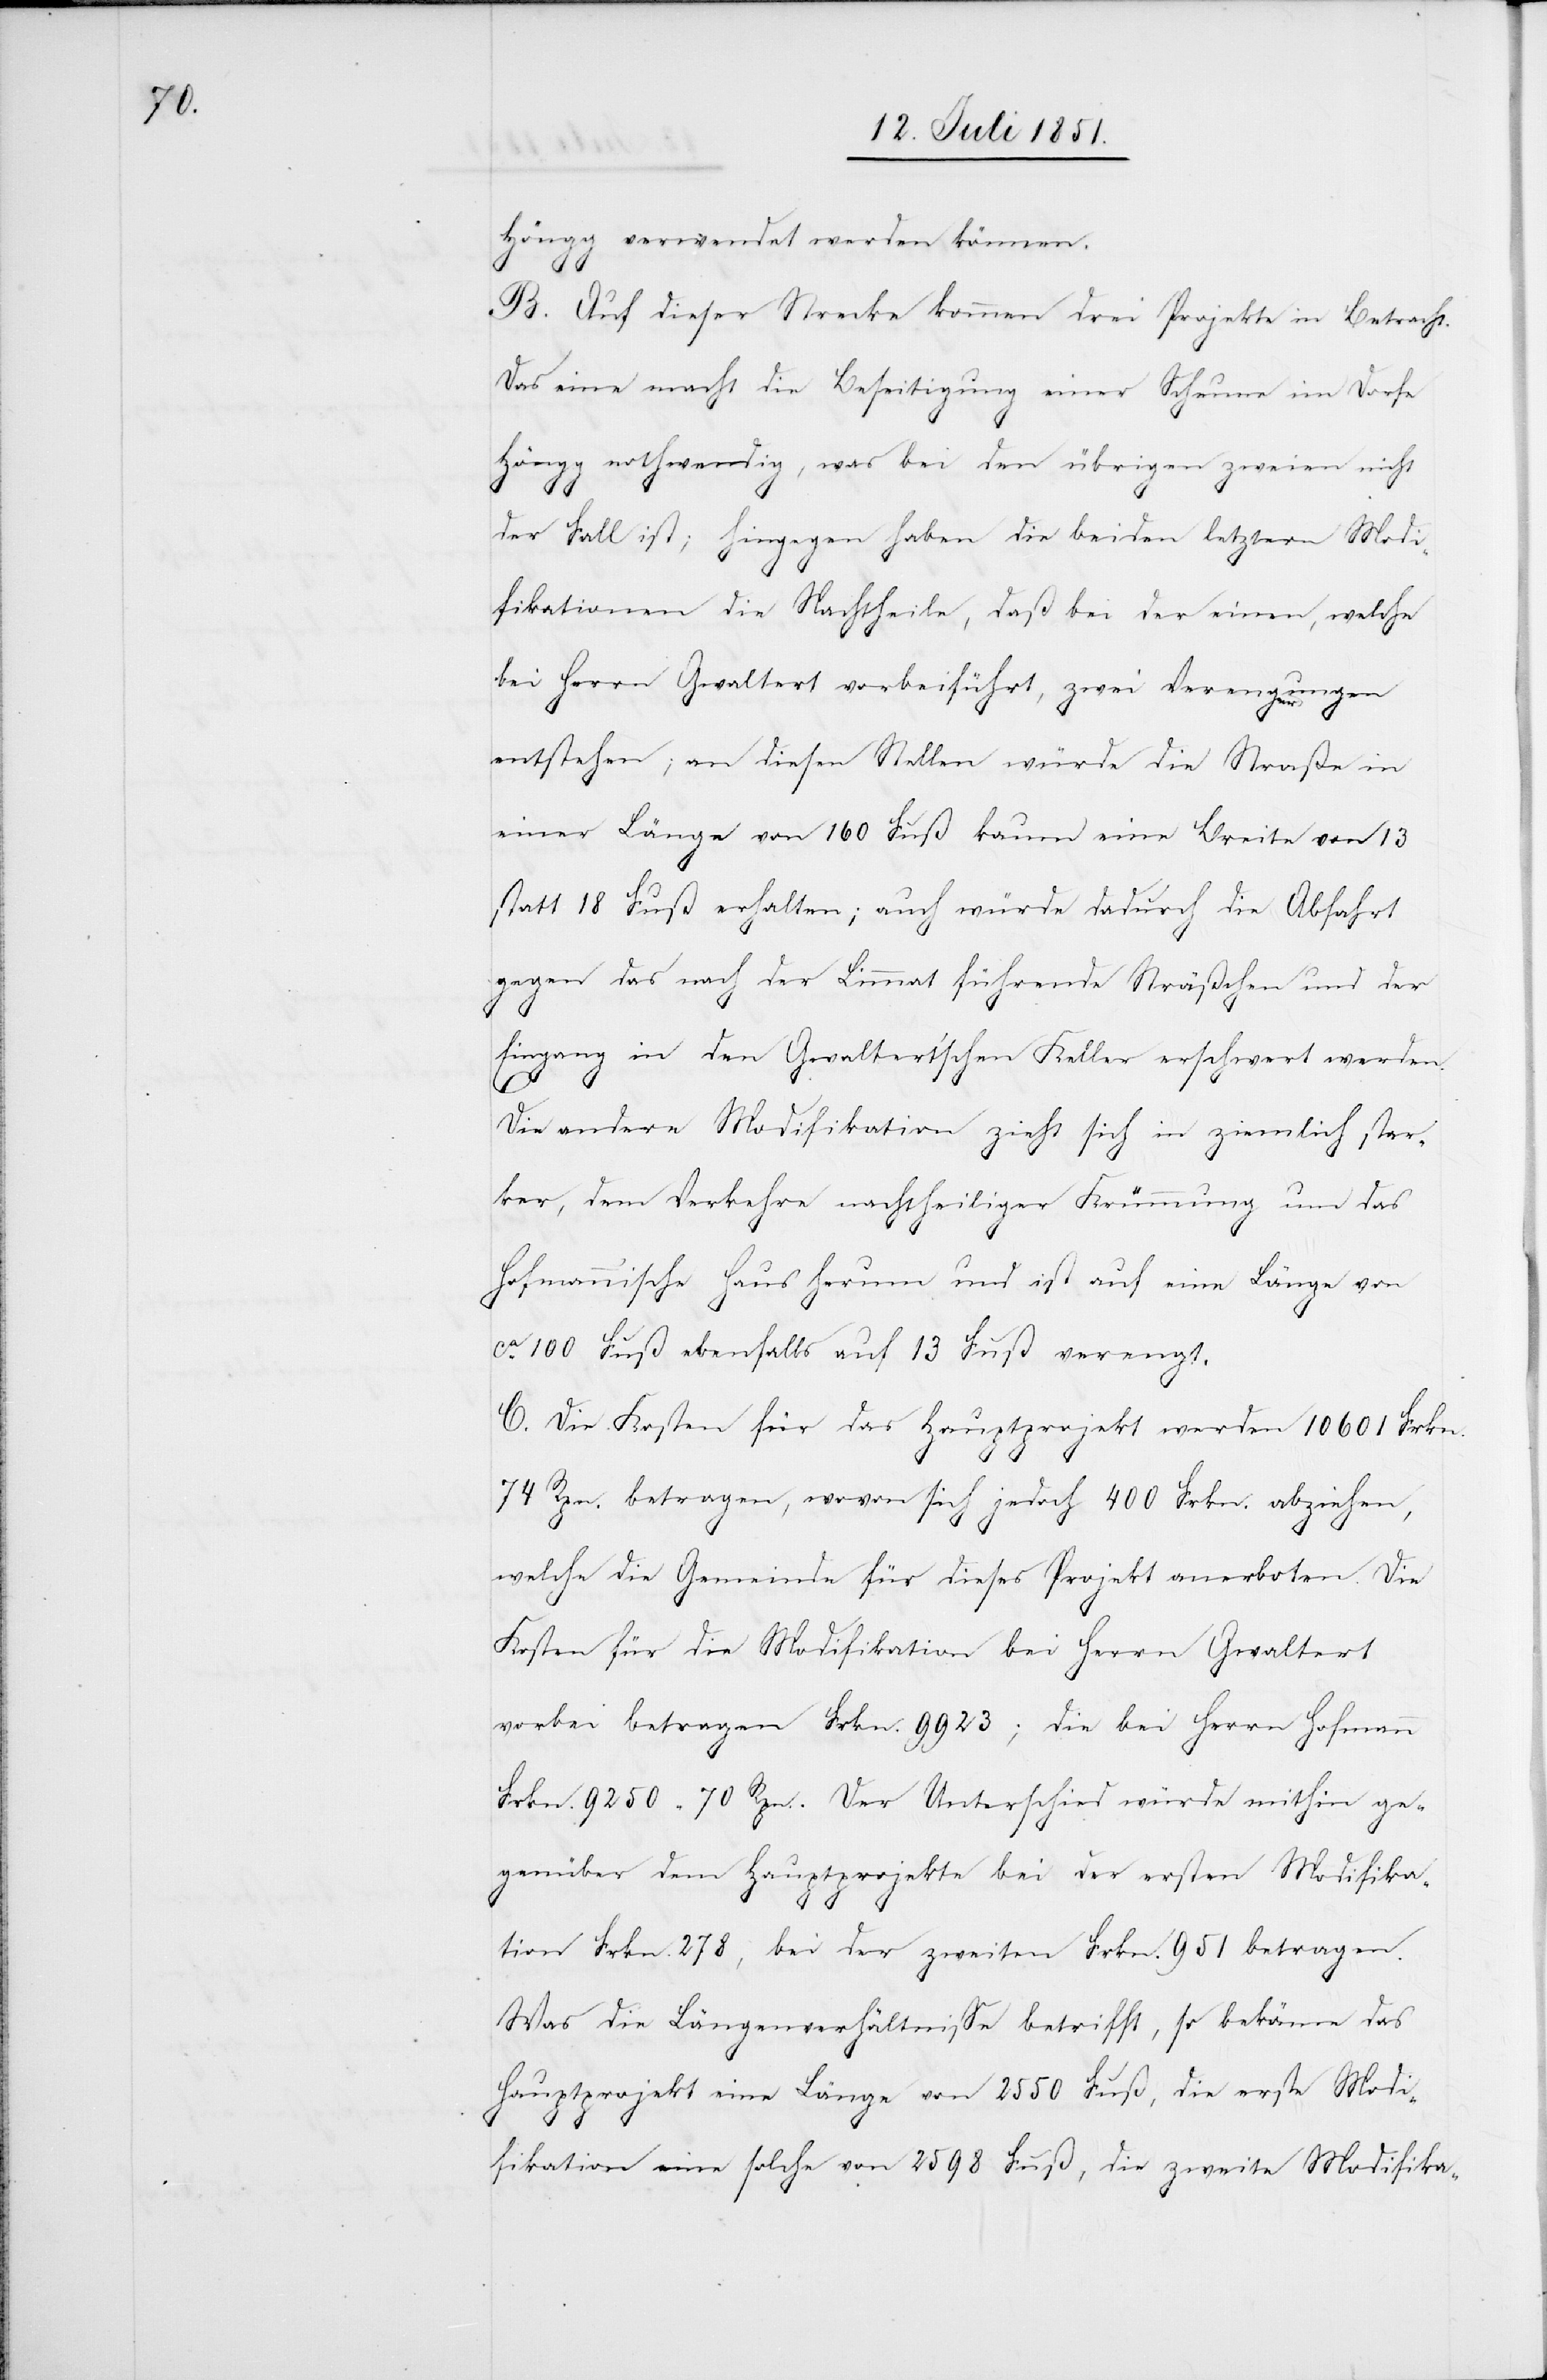
Höngg verwendet werden können.
B. Auf dieser Strecke kommen drei Projekte in Betracht.
Das eine macht die Beseitigung einer Scheune im Dorfe
Höngg nothwendig, was bei den übrigen zweien nicht
der Fall ist; hingegen haben die beiden letztern Modi¬
fikationen die Nachtheile, daß bei der einen, welche
bei Herrn Gwaltert vorbeiführt, zwei Verengerungen
entstehen; an diesen Stellen würde die Straße in
einer Länge von 160 Fuß kaum eine Breite von 13
statt 18 Fuß erhalten; auch würde dadurch die Abfahrt
gegen das nach der Limmat führende Sträßchen und der
Eingang in den Gwaltert’schen Keller erschwert werden.
Die andere Modifikation zieht sich in ziemlich star¬
ker, dem Verkehre nachtheiliger Krümmung um das
Hofmann’ische Haus herum und ist auf eine Länge von
ca. 100 Fuß ebenfalls auf 13 Fuß verengt.
C. Die Kosten für das Hauptprojekt werden 10601 Frkn.
74 Rpn. betragen, wovon sich jedoch 400 Frkn. abziehen,
welche die Gemeinde für dieses Projekt anerboten. Die
Kosten für die Modifikation bei Herrn Gwaltert
vorbei betragen Frkn. 9923; die bei Herrn Hofmann
Frkn. 9250 70 Rpn. Der Unterschied würde mithin ge¬
genüber dem Hauptprojekte bei der ersten Modifika¬
tion Frkn. 278, bei der zweiten Frkn. 951 betragen.
Was die Längenverhältnisse betrifft, so bekäme das
Hauptprojekt eine Länge von 2550 Fuß, die erste Modi¬
fikation eine solche von 2598 Fuß, die zweite Modifika-